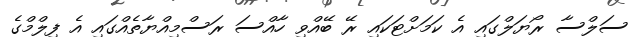
ސަލްސާ ރޯޔަލްގައި އެ ކަމަށްޓަކައި ރޭ ބޭއްވި ހާއްސަ ރަސްމިއްޔާތެއްގައި އެ ފިލްމްގެ